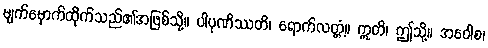
မျက်မှောက်ထိုက်သည်၏အဖြစ်သို့။ ပါပုဏိဿတိ၊ ရောက်လတ္တံ့။ ဣတိ၊ ဤသို့။ အဝေါစ၊